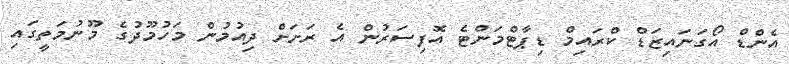
އެންޑް އޯގަނައިޒަޑް ކްރައިމް ޑިޕާޓްމަންޓެ އޮފިސަރުން އެ ރަށަށް ދިއުމުން މަހުމޫދުގެ މޫނުމަތީގައި